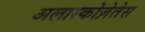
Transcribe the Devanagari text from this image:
अलास्कोज़ेतेस